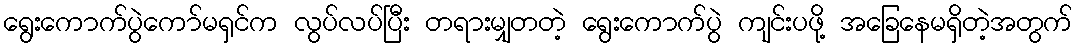
ရွေးကောက်ပွဲကော်မရှင်က လွပ်လပ်ပြီး တရားမျှတတဲ့ ရွေးကောက်ပွဲ ကျင်းပဖို့ အခြေနေမရှိတဲ့အတွက်